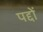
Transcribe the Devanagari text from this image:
पद्दों